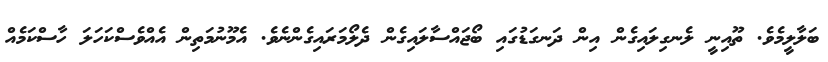
ބަލާލީމެވެ. ތޫއިނީ ލެނގިލައިގެން އިން ދަނގަޑުގައި ބޯޖައްސާލައިގެން ދެލޯމަރައިގެންނެވެ. އެމޫނުމަތިން އެއްވެސްކަހަލަ ހާސްކަމެއް